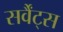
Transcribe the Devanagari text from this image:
सर्वैंट्स